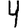
Digit: 4